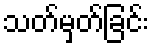
သတ်မှတ်ခြင်း